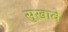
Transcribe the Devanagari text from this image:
सुखावे